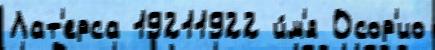
Лат'ерса 19211922 и́м'я Осор'ио